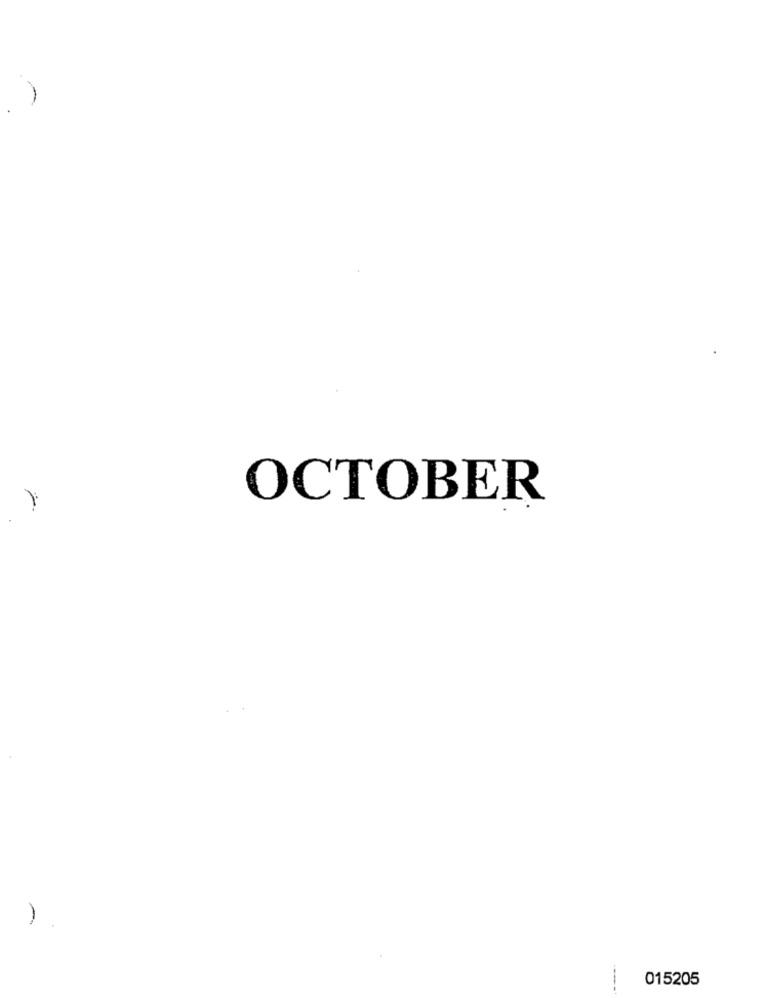
OCTOBER
015205
---